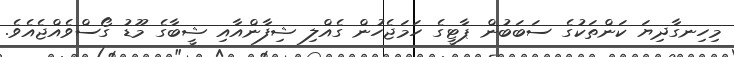
މިހިނގާދިޔަ ކަންތަކުގެ ސަބަބުން ޕާޓީގެ ހަމަޖެހުން ގެއްލި ޝިފާންއާއި ޝީބާގެ މޫޑު ގޯސްވެއްޖެއެވެ.